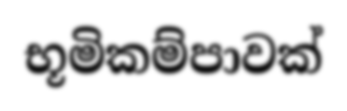
භූමිකම්පාවක්